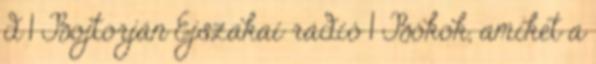
d 1 Bojtorján Éjszakai rádió 1 Bókok, amiket a